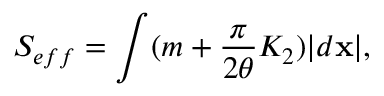
{ \cal S } _ { e f f } = \int ( m + { \frac { \pi } { 2 \theta } } K _ { 2 } ) | d { \bf x } | ,